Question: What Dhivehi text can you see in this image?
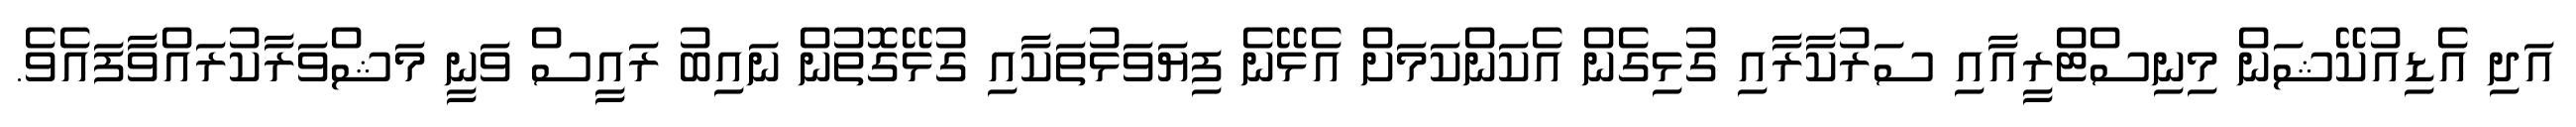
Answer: އަދި އެޑިއުކޭޝަން މިނިސްޓްރީއާއި ސަރުކާރާއި ގުޅިގެން އެކަންކަމަށް އެޅޭނެ ފިޔަވަޅުތަކާއި ގުޅޭގޮތުން ނައިބު ރައީސް ވަނީ މަޝްވަރާކުރައްވާފައެވެ.